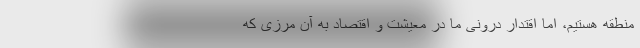
منطقه هستیم، اما اقتدار درونی ما در معیشت و اقتصاد به آن مرزی که